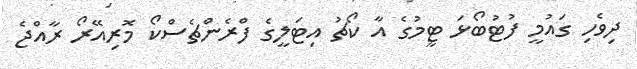
ދިވެހި ގައުމީ ފުޓުބޯޅަ ޓީމުގެ އާ ކޯޗު އިިޓަލީގެ ފްރެންޗެސްކޯ މޮރިއޭރޯ ރާއްޖެ